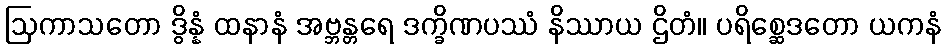
ဩကာသတော ဒွိန္နံ ထနာနံ အဗ္ဘန္တရေ ဒက္ခိဏပဿံ နိဿာယ ဌိတံ။ ပရိစ္ဆေဒတော ယကနံ